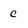
Character: c